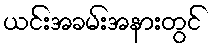
ယင်းအခမ်းအနားတွင်